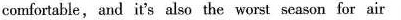
comfortable,and it's also the worst seaeon for air